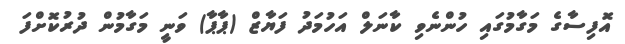
އޮފިސާގެ މަގާމުގައި ހުންނެވި ކާނަލް އަހުމަދު ފަޔާޒް (ޕާޕާ) ވަނީ މަގާމުން ދުރުކޮށްފަ